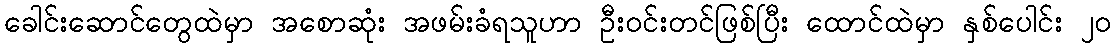
ခေါင်းဆောင်တွေထဲမှာ အစောဆုံး အဖမ်းခံရသူဟာ ဦးဝင်းတင်ဖြစ်ပြီး ထောင်ထဲမှာ နှစ်ပေါင်း ၂၀